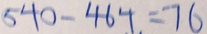
5 4 0 - 4 6 4 = 7 6